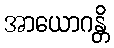
အာယောဂန္တိ